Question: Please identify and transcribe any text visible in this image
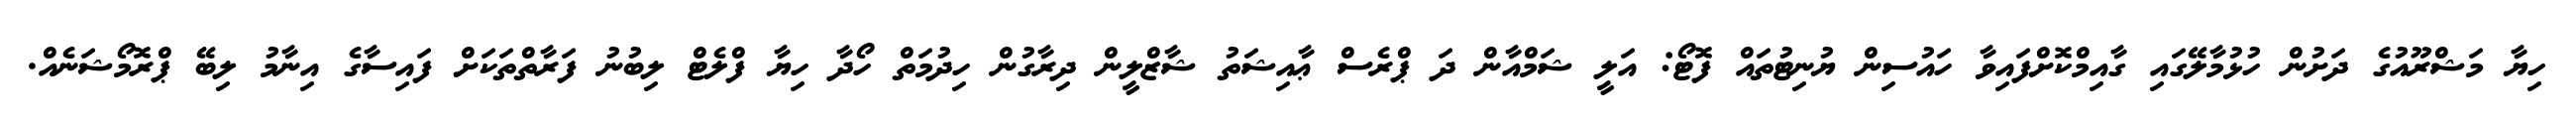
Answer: ހިޔާ މަޝްރޫއުގެ ދަށުން ހުޅުމާލޭގައި ގާއިމްކޮށްފައިވާ ހައުސިން ޔުނިޓުތައް ފޮޓޯ: އަލީ ޝަމްއާން ދަ ޕްރެސް ޢާއިޝަތު ޝާޒްލީން ދިރާގުން ހިދުމަތް ހޯދާ ހިޔާ ފްލެޓް ލިބުނު ފަރާތްތަކަށް ފައިސާގެ އިނާމު ލިބޭ ޕްރޮމޯޝަނެއް.